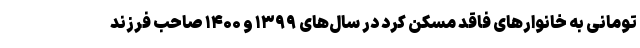
تومانی به خانوارهای فاقد مسکن کرد در سال‌های ۱۳۹۹ و ۱۴۰۰ صاحب فرزند